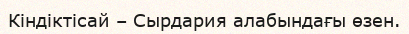
Кіндіктісай – Сырдария алабындағы өзен.